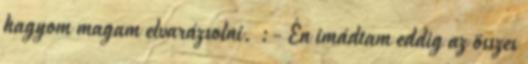
hagyom magam elvarázsolni. :- Én imádtam eddig az összes